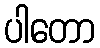
ပါတော